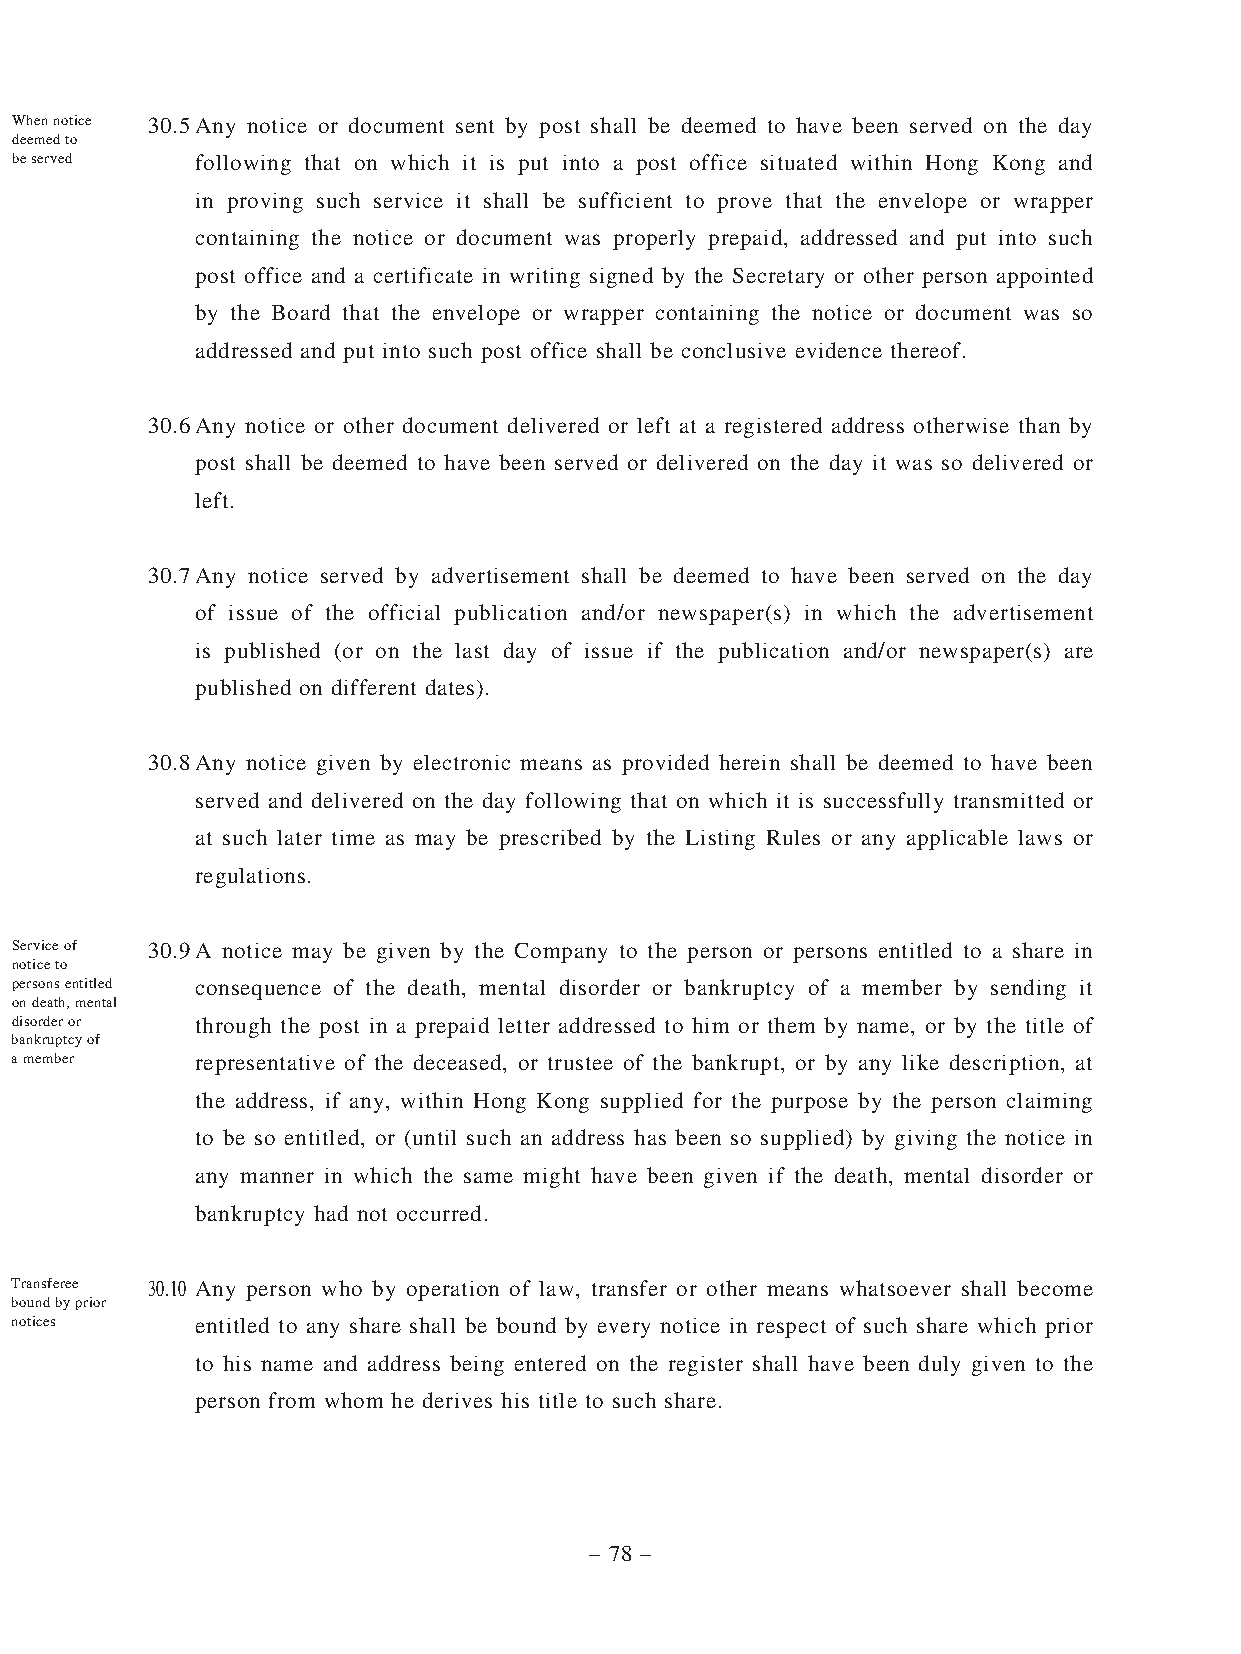
When notice 30.5 Any notice or document sent by post shall be deemed to have been served on the day
 deemed to
 be served   following that on which it is put into a post office situated within Hong Kong and
 in proving such service it shall be sufficient to prove that the envelope or wrapper
 containing the notice or document was properly prepaid, addressed and put into such
 post office and a certificate in writing signed by the Secretary or other person appointed
 by the Board that the envelope or wrapper containing the notice or document was so
 addressed and put into such post office shall be conclusive evidence thereof.
 30.6 Any notice or other document delivered or left at a registered address otherwise than by
 post shall be deemed to have been served or delivered on the day it was so delivered or
 left.
 30.7 Any notice served by advertisement shall be deemed to have been served on the day
 of issue of the official publication and/or newspaper(s) in which the advertisement
 is published (or on the last day of issue if the publication and/or newspaper(s) are
 published on different dates).
 30.8 Any notice given by electronic means as provided herein shall be deemed to have been
 served and delivered on the day following that on which it is successfully transmitted or
 at such later time as may be prescribed by the Listing Rules or any applicable laws or
 regulations.
 Service of 30.9 A notice may be given by the Company to the person or persons entitled to a share in
 notice to
 persons entitled consequence of the death, mental disorder or bankruptcy of a member by sending it
 on death, mental
 disorder or through the post in a prepaid letter addressed to him or them by name, or by the title of
 bankruptcy of
 a member    representative of the deceased, or trustee of the bankrupt, or by any like description, at
 the address, if any, within Hong Kong supplied for the purpose by the person claiming
 to be so entitled, or (until such an address has been so supplied) by giving the notice in
 any manner in which the same might have been given if the death, mental disorder or
 bankruptcy had not occurred.
 Transferee 30.10 Any person who by operation of law, transfer or other means whatsoever shall become
 bound by prior
 notices     entitled to any share shall be bound by every notice in respect of such share which prior
 to his name and address being entered on the register shall have been duly given to the
 person from whom he derives his title to such share.
 – 78 –